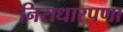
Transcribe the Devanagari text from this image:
निराधारपणा